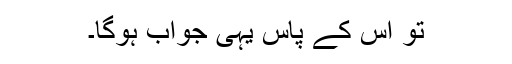
تو اس کے پاس یہی جواب ہوگا۔